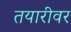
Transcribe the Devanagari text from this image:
तयारीवर